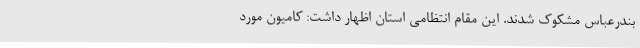
بندرعباس مشکوک شدند. این مقام انتظامی استان اظهار داشت: کامیون مورد